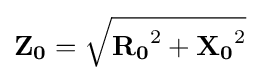
\mathbf {Z_{0}} ={\sqrt {\mathbf {R_{0}} ^{2}+\mathbf {X_{0}} ^{2}}}